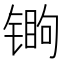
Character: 𬭧